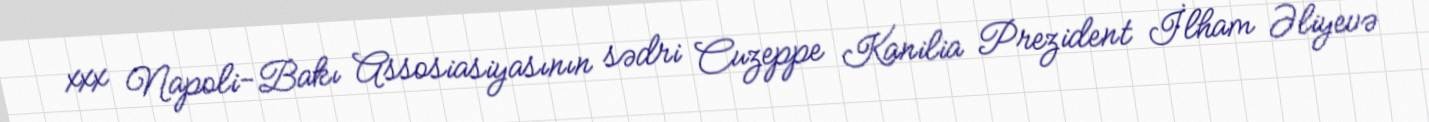
xxx Napoli-Bakı Assosiasiyasının sədri Cuzeppe Kanilia Prezident İlham Əliyevə